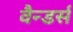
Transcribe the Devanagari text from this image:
वैन्डर्स